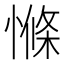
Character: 𱟁